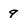
Character: 9